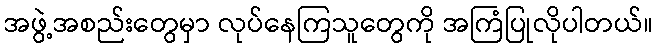
အဖွဲ့အစည်းတွေမှာ လုပ်နေကြသူတွေကို အကြံပြုလိုပါတယ်။